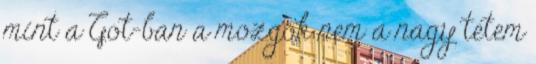
mint a Got-ban a mozgók nem a nagy tetem